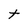
Character: t